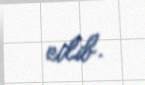
edib.